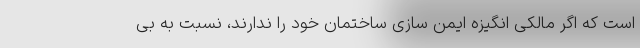
است که اگر مالکی انگیزه ایمن سازی ساختمان خود را ندارند، نسبت به بی